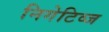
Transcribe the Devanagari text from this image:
निगेटिव्ज